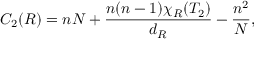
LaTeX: C _ { 2 } ( R ) = n N + \frac { n ( n - 1 ) \chi _ { R } ( T _ { 2 } ) } { d _ { R } } - \frac { n ^ { 2 } } { N } ,